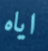
اياه